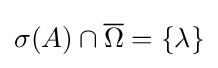
\sigma (A)\cap {\overline {\Omega }}=\{\lambda \}